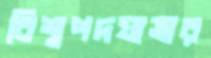
বিশ্বপদযাত্রার